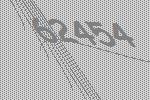
62454